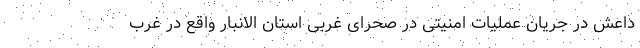
داعش در جریان عملیات امنیتی در صحرای غربی استان الانبار واقع در غرب